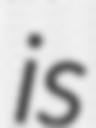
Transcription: is